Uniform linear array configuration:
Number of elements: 4
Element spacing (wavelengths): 0.5
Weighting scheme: hamming
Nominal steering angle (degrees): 0
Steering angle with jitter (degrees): -0.7331
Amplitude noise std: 0.05
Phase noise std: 0.05

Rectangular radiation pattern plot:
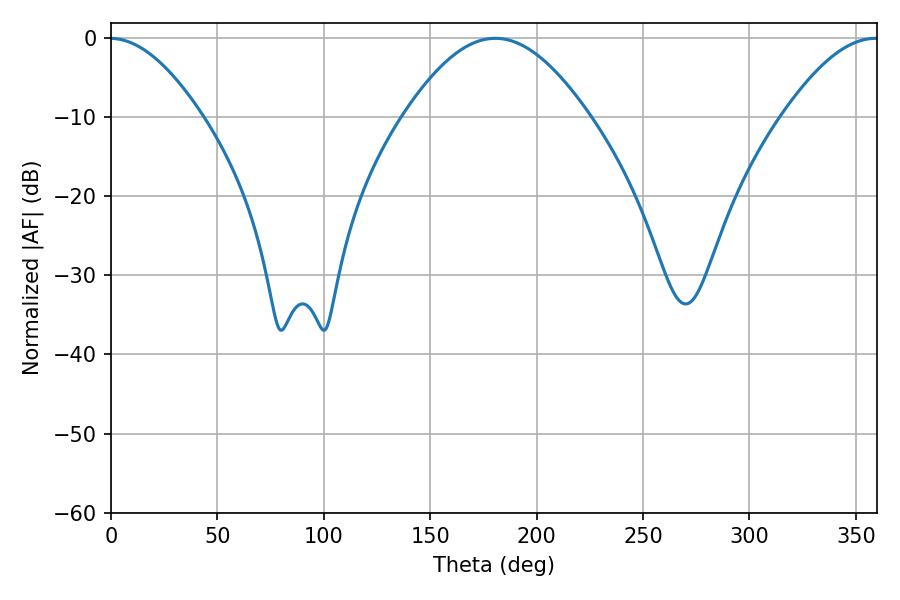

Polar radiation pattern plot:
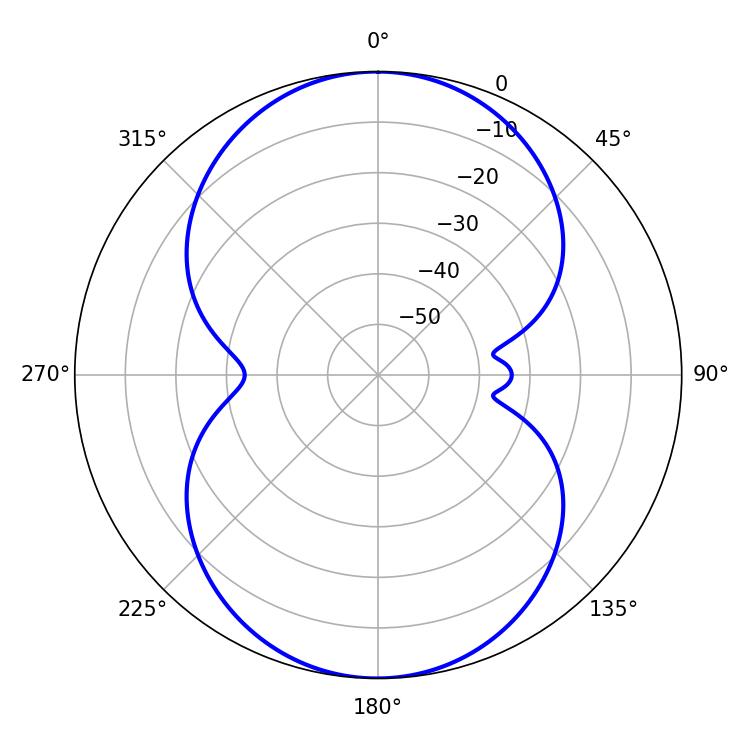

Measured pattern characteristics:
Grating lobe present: FALSE
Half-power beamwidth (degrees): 46.98
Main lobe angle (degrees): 180.54